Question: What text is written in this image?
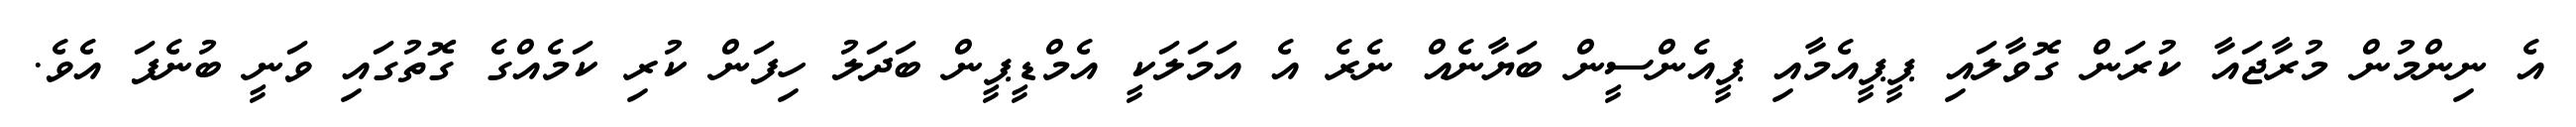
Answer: އެ ނިންމުން މުރާޖައާ ކުރަން ގޮވާލައި ޕީޕީއެމާއި ޕީއެންސީން ބަޔާނެއް ނެރެ އެ އަމަލަކީ އެމްޑީޕީން ބަދަލު ހިފަން ކުރި ކަމެއްގެ ގޮތުގައި ވަނީ ބުނެފަ އެވެ.